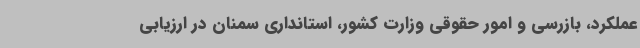
عملکرد، بازرسی و امور حقوقی وزارت کشور، استانداری سمنان در ارزیابی